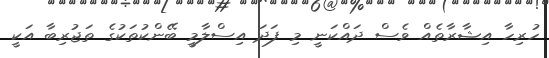
ހުރިހާ އިޝާރާތެއް ވެސް ދައްކަނީ މި ފަދަ އިސްލާމީ ބޭންކުތަކުގެ ތަޖުރިބާ އަކީ